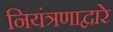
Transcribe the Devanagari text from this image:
नियंत्रणाद्वारे